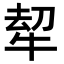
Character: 𭷠